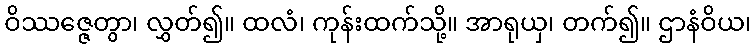
ဝိဿဇ္ဇေတွာ၊ လွှတ်၍။ ထလံ၊ ကုန်းထက်သို့။ အာရုယှ၊ တက်၍။ ဌာနံဝိယ၊